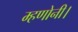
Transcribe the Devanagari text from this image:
म्हणोनी।